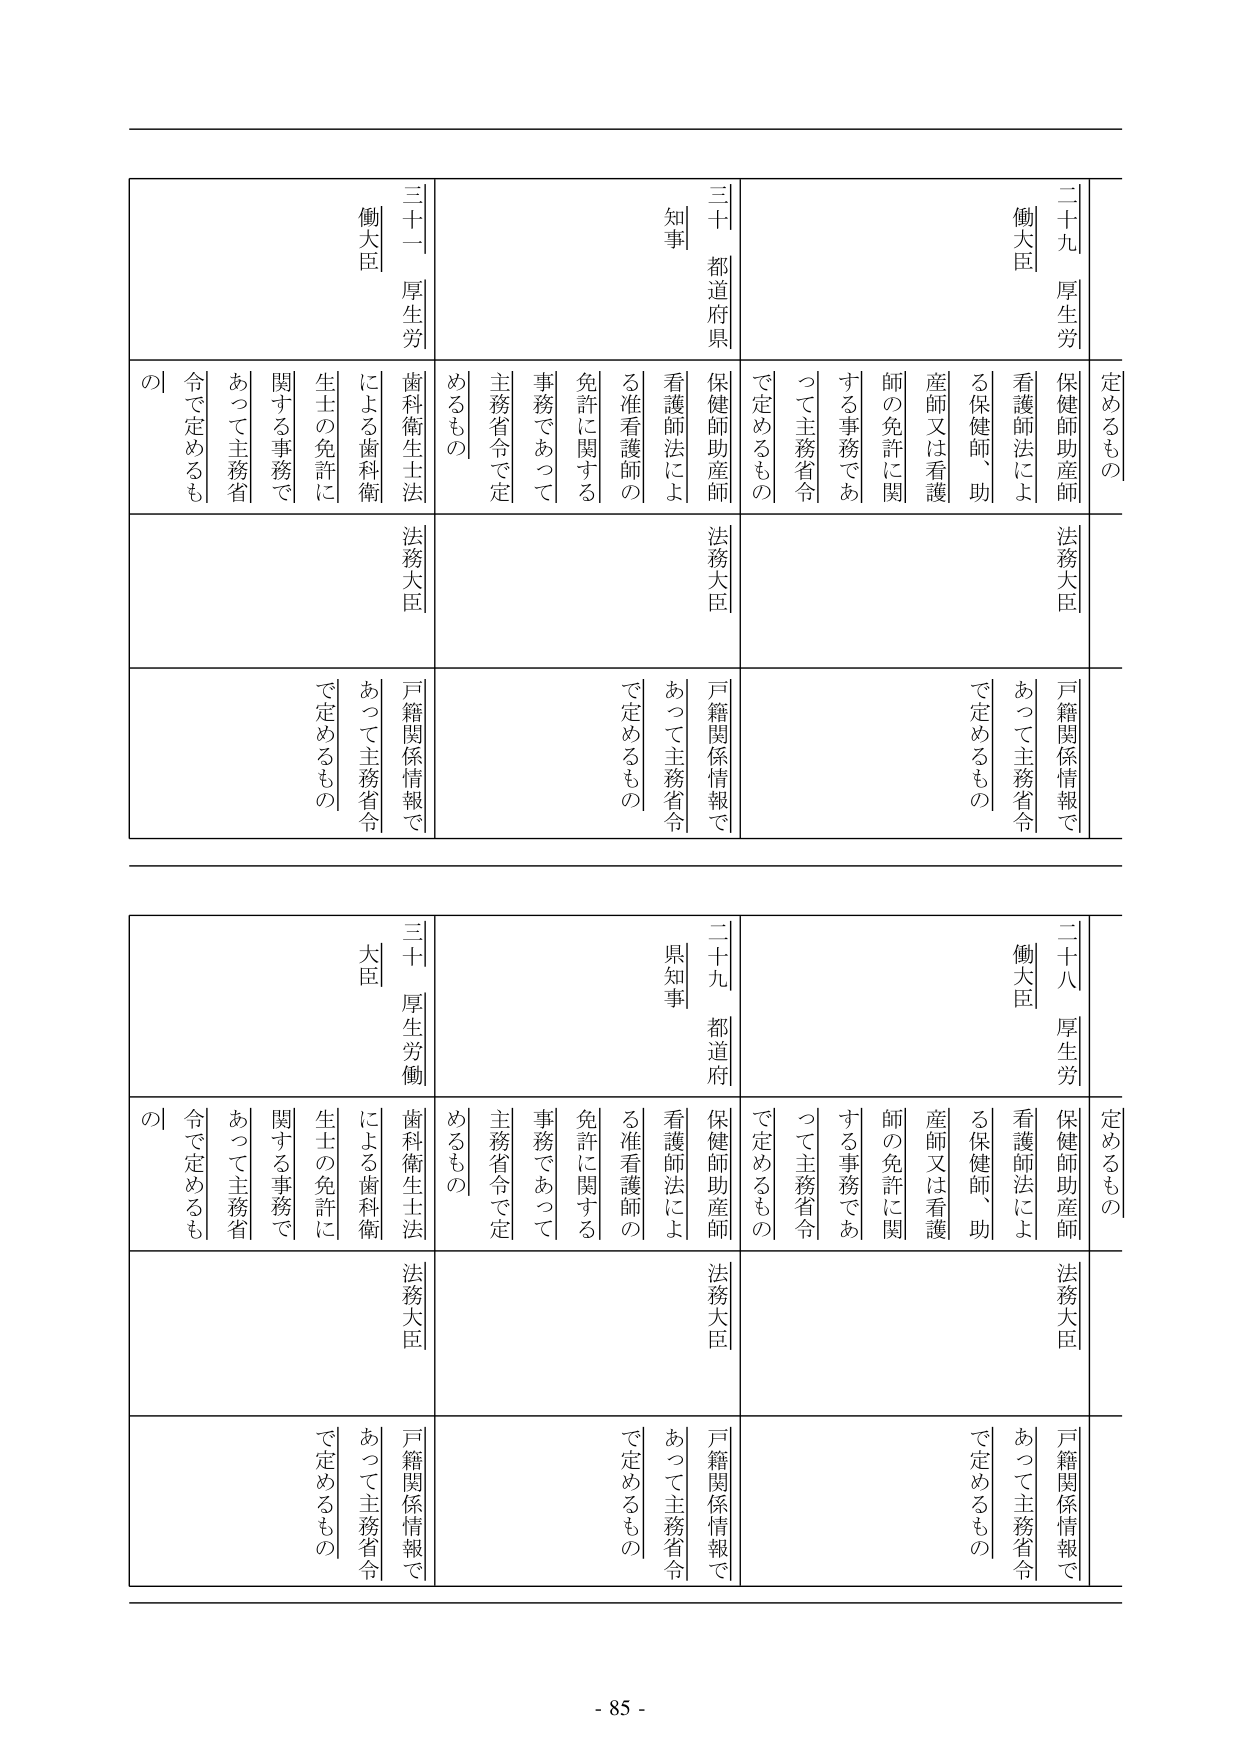
定めるもの
二十九 厚生労働大臣
保健師助産師看護師法による保健師、助産師又は看護師の免許に関する事務であって主務省令で定めるもの
法務大臣
戸籍関係情報であって主務省令で定めるもの

三十一 厚生労働大臣
歯科衛生士法による歯科衛生士の免許に関する事務であって主務省令で定めるもの
法務大臣
戸籍関係情報であって主務省令で定めるもの

知事
都道府県
保健師助産師看護師法による准看護師の免許に関する事務であって主務省令で定めるもの
法務大臣
戸籍関係情報であって主務省令で定めるもの

定めるもの
二十八 厚生労働大臣
保健師助産師看護師法による保健師、助産師又は看護師の免許に関する事務であって主務省令で定めるもの
法務大臣
戸籍関係情報であって主務省令で定めるもの

三十 厚生労働大臣
歯科衛生士法による歯科衛生士の免許に関する事務であって主務省令で定めるもの
法務大臣
戸籍関係情報であって主務省令で定めるもの

二十九 都道府県知事
保健師助産師看護師法による准看護師の免許に関する事務であって主務省令で定めるもの
法務大臣
戸籍関係情報であって主務省令で定めるもの

- 85 -